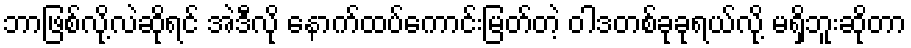
ဘာဖြစ်လို့လဲဆိုရင် အဲဒီလို နောက်ထပ်ကောင်းမြတ်တဲ့ ဝါဒတစ်ခုခုရယ်လို့ မရှိဘူးဆိုတာ